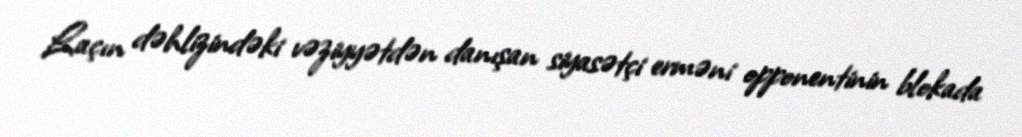
Laçın dəhlizindəki vəziyyətdən danışan siyasətçi erməni opponentinin blokada